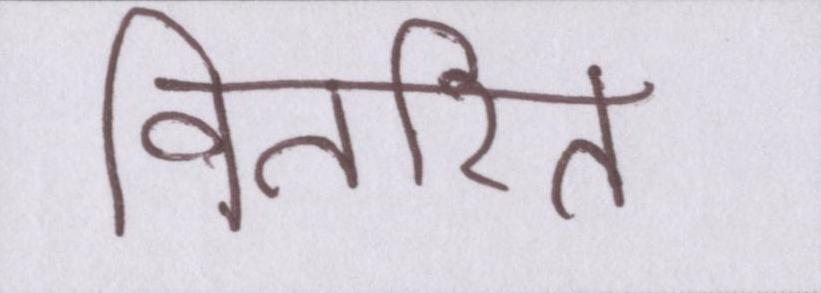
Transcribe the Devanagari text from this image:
वितरित